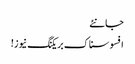
جانئے
افسوسناک بریکنگ نیوز!